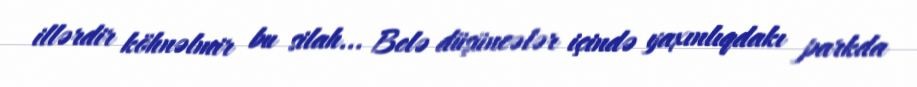
illərdir köhnəlmir bu silah... Belə düşüncələr içində yaxınlıqdakı parkda